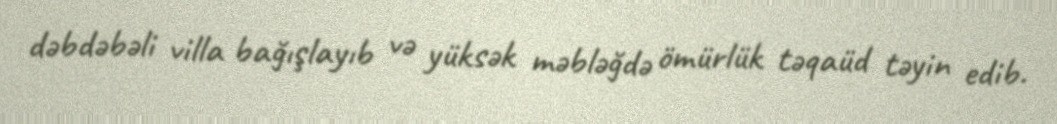
dəbdəbəli villa bağışlayıb və yüksək məbləğdə ömürlük təqaüd təyin edib.